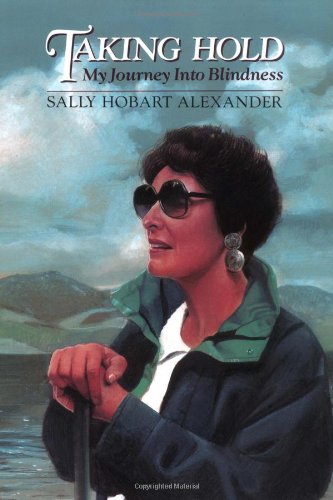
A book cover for Taking Hold: My Journey Into Blindness; Sally Hobart Alexander; Health, Fitness & Dieting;